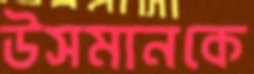
উসমানকে